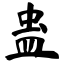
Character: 蛊